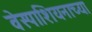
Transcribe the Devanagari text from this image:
वेस्पाशियनाच्या